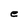
Character: e